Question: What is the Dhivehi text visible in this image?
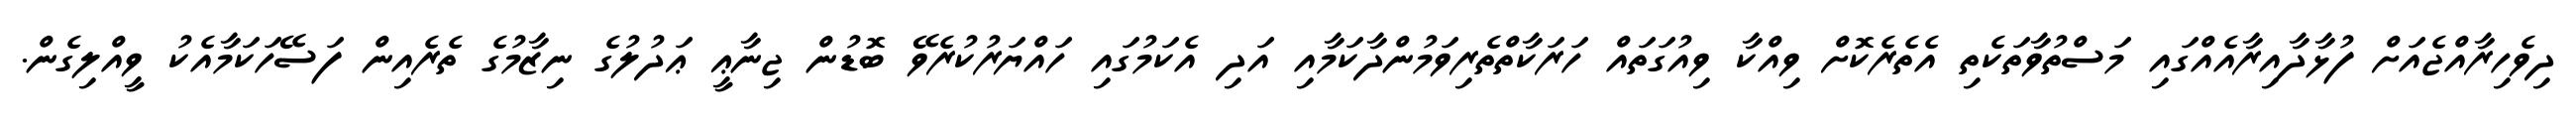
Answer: ދިވެހިރާއްޖެއަށް ފުޅާދާއިރާއެއްގައި މަސްތުވާތަކެތި އެތެރެކޮށް ވިއްކާ ވިއުގަތައް ހަރަކާތްތެރިވަމުންދާކަމާއި އަދި އެކަމުގައި ހައްޔަރުކުރެވޭ ބޮޑުން ޖިނާޢީ ޢަދުލުގެ ނިޒާމުގެ ތެރެއިން ފަސޭހަކަމާއެކު ވީއްލިގެން.